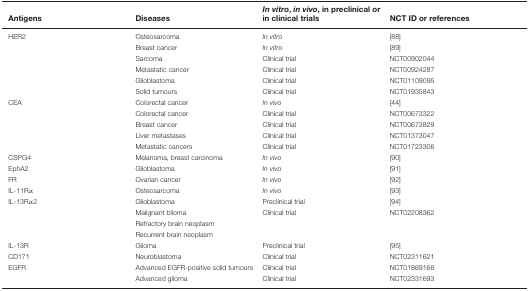
<table><thead><tr><td><b>Antigens</b></td><td><b>Diseases</b></td><td><b><i>In vitro, in vivo</i>, in preclinical or in clinical trials</b></td><td><b>NCT ID or references</b></td></tr></thead><tbody><tr><td>HER2</td><td>Osteosarcoma</td><td><i>In vitro</i></td><td>[88]</td></tr><tr><td></td><td>Breast cancer</td><td><i>In vitro</i></td><td>[89]</td></tr><tr><td></td><td>Sarcoma</td><td>Clinical trial</td><td>NCT00902044</td></tr><tr><td></td><td>Metastatic cancer</td><td>Clinical trial</td><td>NCT00924287</td></tr><tr><td></td><td>Glioblastoma</td><td>Clinical trial</td><td>NCT01109095</td></tr><tr><td></td><td>Solid tumours</td><td>Clinical trial</td><td>NCT01935843</td></tr><tr><td>CEA</td><td>Colorectal cancer</td><td><i>In vivo</i></td><td>[44]</td></tr><tr><td></td><td>Colorectal cancer</td><td>Clinical trial</td><td>NCT00673322</td></tr><tr><td></td><td>Breast cancer</td><td>Clinical trial</td><td>NCT00673829</td></tr><tr><td></td><td>Liver metastases</td><td>Clinical trial</td><td>NCT01373047</td></tr><tr><td></td><td>Metastatic cancers</td><td>Clinical trial</td><td>NCT01723306</td></tr><tr><td>CSPG4</td><td>Melanoma, breast carcinoma</td><td><i>In vivo</i></td><td>[90]</td></tr><tr><td>EphA2</td><td>Glioblastoma</td><td><i>In vivo</i></td><td>[91]</td></tr><tr><td>FR</td><td>Ovarian cancer</td><td><i>In vivo</i></td><td>[92]</td></tr><tr><td>IL-11Rα</td><td>Osteosarcoma</td><td><i>In vivo</i></td><td>[93]</td></tr><tr><td>IL-13Rα2</td><td>Glioblastoma</td><td>Preclinical trial</td><td>[94]</td></tr><tr><td></td><td>Malignant blioma</td><td>Clinical trial</td><td>NCT02208362</td></tr><tr><td></td><td>Refractory brain neoplasm</td><td></td><td></td></tr><tr><td></td><td>Recurrent brain neoplasm</td><td></td><td></td></tr><tr><td>IL-13R</td><td>Glioma</td><td>Preclinical trial</td><td>[95]</td></tr><tr><td>CD171</td><td>Neuroblastoma</td><td>Clinical trial</td><td>NCT02311621</td></tr><tr><td>EGFR</td><td>Advanced EGFR-positive solid tumours</td><td>Clinical trial</td><td>NCT01869166</td></tr><tr><td></td><td>Advanced glioma</td><td>Clinical trial</td><td>NCT02331693</td></tr></tbody></table>